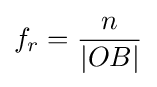
f_{r}={\frac {n}{|OB|}}